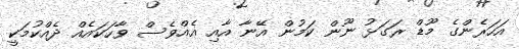
އަހަރެންގެ މޫޑް ރަގަޅު ނޫން ކަމުން އޭނާ އާއި އެއްވެސް ވާހަކައެއް ދެއްކުމަކީ